Elephants and their diseases
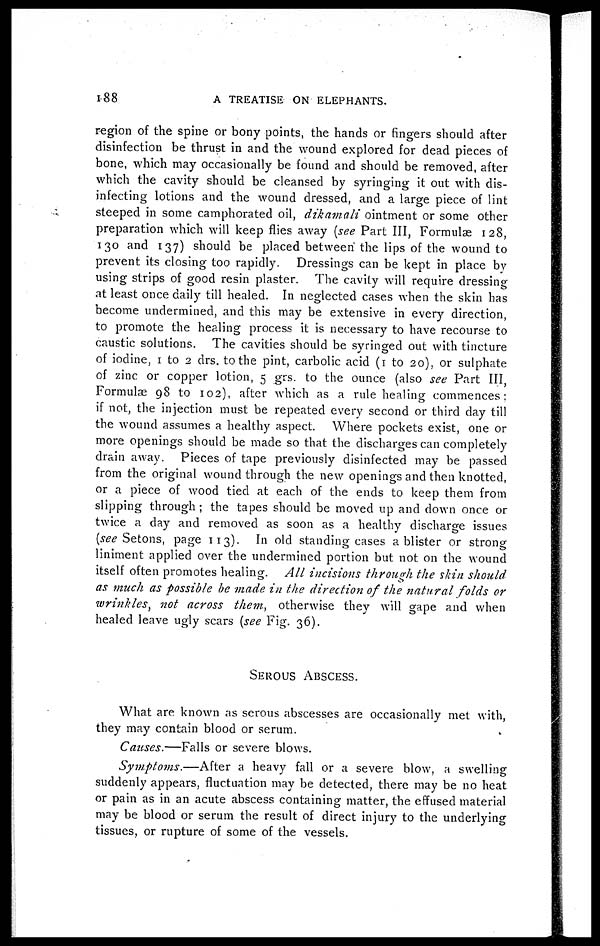
188
A TREATISE ON ELEPHANTS.
region of the spine or bony points, the hands or fingers should after
disinfection be thrust in and the wound explored for dead pieces of
bone, which may occasionally be found and should be removed, after
which the cavity should be cleansed by syringing it out with dis-
infecting lotions and the wound dressed, and a large piece of lint
steeped in some camphorated oil, dikamali ointment or some other
preparation which will keep flies away {see Part III, Formulae 128,
130 and 137) should be placed between the lips of the wound to
prevent its closing too rapidly. Dressings can be kept in place by
using strips of good resin plaster. The cavity will require dressing
at least once daily till healed. In neglected cases when the skin has
become undermined, and this may be extensive in every direction,
to promote the healing process it is necessary to have recourse to
caustic solutions. The cavities should be syringed out with tincture
of iodine, 1 to 2 drs. to the pint, carbolic acid (1 to 20), or sulphate
of zinc or copper lotion, 5 grs. to the ounce (also see Part III,
Formulae 98 to 102), after which as a rule healing commences:
if not, the injection must be repeated every second or third day till
the wound assumes a healthy aspect. Where pockets exist, one or
more openings should be made so that the discharges can completely
drain away. Pieces of tape previously disinfected may be passed
from the original wound through the new openings and then knotted,
or a piece of wood tied at each of the ends to keep them from
slipping through ; the tapes should be moved up and clown once or
twice a day and removed as soon as a healthy discharge issues
(see Setons, page 113). In old standing cases a blister or strong
liniment applied over the undermined portion but not on the wound
itself often promotes healing. All incisions through the skin should
as much as possible be made in the direction of the natural folds or
wrinkles, not across them., otherwise they will gape and when
healed leave ugly scars {see Fig. 36).
SEROUS ABSCESS.
What are known as serous abscesses are occasionally met with,
they may contain blood or serum.
Causes.—Falls or severe blows.
Symptoms.—After
a heavy fall or a severe blow, a swelling
suddenly appears, fluctuation may be detected, there may be no heat
or pain as in an acute abscess containing matter, the effused material
may be blood or serum the result of direct injury to the underlying
tissues, or rupture of some of the vessels.